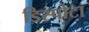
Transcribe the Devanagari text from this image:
डिस्पोटा